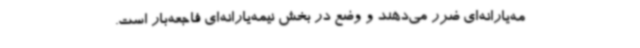
مه‌یارانه‌ای ضرر می‌دهند و وضع در بخش نیمه‌یارانه‌ای فاجعه‌بار است.